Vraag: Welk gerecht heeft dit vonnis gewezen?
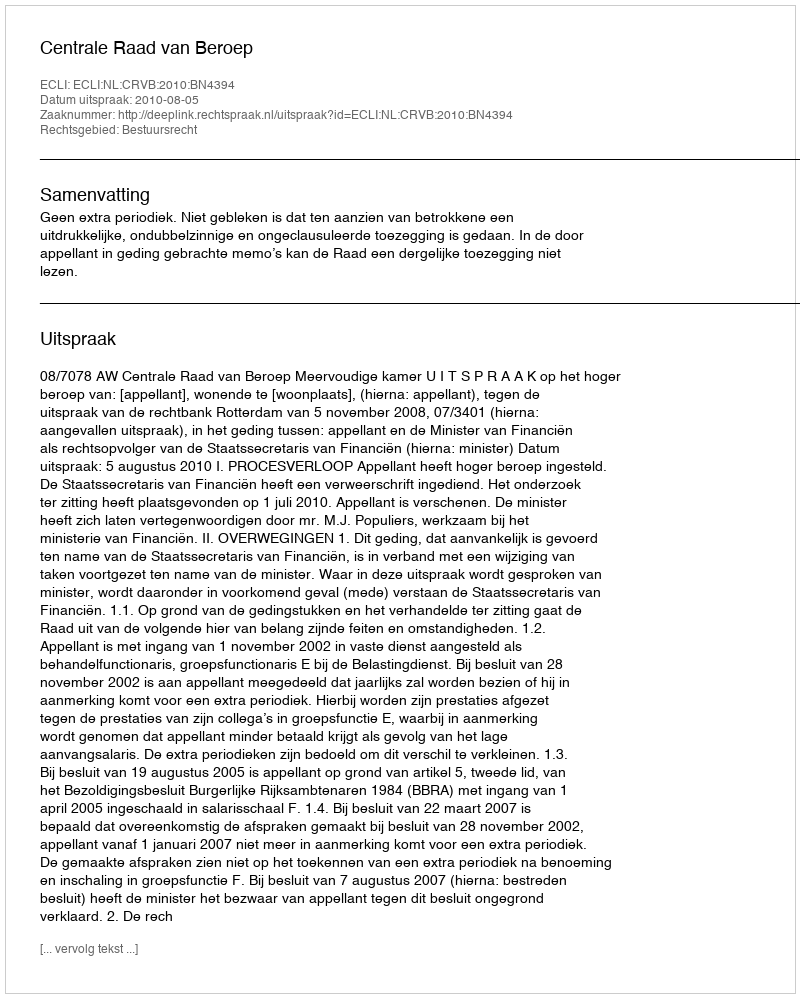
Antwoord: Centrale Raad van Beroep